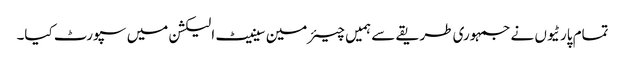
تمام پارٹیوں نے جمہوری طریقے سے ہمیں چیئرمین سینیٹ الیکشن میں سپورٹ کیا۔